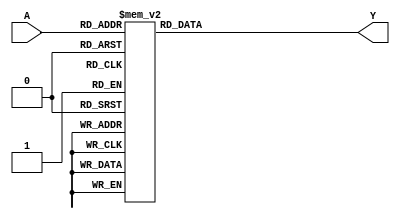
module PrimeImplicant (
    input wire [3:0] A, // 4-bit input representing the variables
    output reg [1:0] Y  // 2-bit output representing the minimized Boolean function
);

// Define the truth table for the specific function
// For example, let's assume we have a function f(A) = A0'A1 + A1'A2 + A2'A3
// This is just an example; you would replace this with your actual function
always @(*) begin
    case (A)
        4'b0000: Y = 2'b00; // f(0) = 0
        4'b0001: Y = 2'b01; // f(1) = 1
        4'b0010: Y = 2'b01; // f(2) = 1
        4'b0011: Y = 2'b00; // f(3) = 0
        4'b0100: Y = 2'b01; // f(4) = 1
        4'b0101: Y = 2'b00; // f(5) = 0
        4'b0110: Y = 2'b01; // f(6) = 1
        4'b0111: Y = 2'b00; // f(7) = 0
        4'b1000: Y = 2'b01; // f(8) = 1
        4'b1001: Y = 2'b00; // f(9) = 0
        4'b1010: Y = 2'b01; // f(10) = 1
        4'b1011: Y = 2'b00; // f(11) = 0
        4'b1100: Y = 2'b01; // f(12) = 1
        4'b1101: Y = 2'b00; // f(13) = 0
        4'b1110: Y = 2'b01; // f(14) = 1
        4'b1111: Y = 2'b00; // f(15) = 0
        default: Y = 2'b00; // Default case
    endcase
end

endmodule